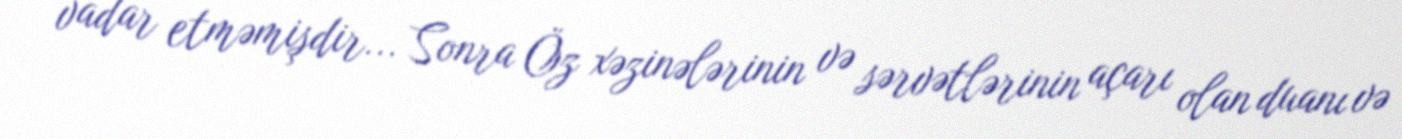
vadar etməmişdir... Sonra Öz xəzinələrinin və sərvətlərinin açarı olan duanı və